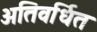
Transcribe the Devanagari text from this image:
अतिवर्धित